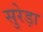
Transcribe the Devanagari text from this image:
सुरेड़ा